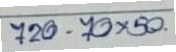
720 - 70x50